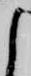
よ